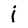
Character: j